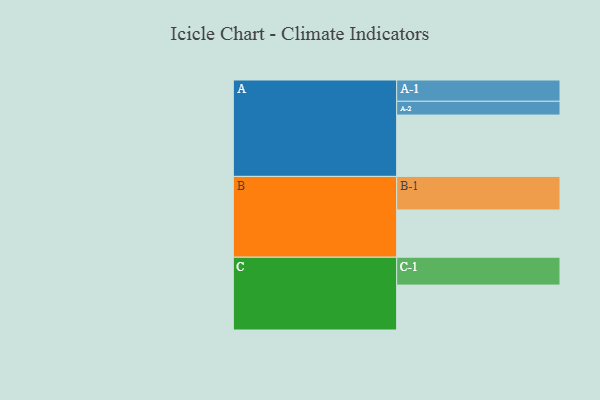
{"axis": {"x": "Segment", "y": "Value"}, "legend": ["", "A", "B", "C"], "data": [{"x": "A", "y": 418, "type": ""}, {"x": "B", "y": 322, "type": ""}, {"x": "C", "y": 306, "type": ""}, {"x": "A-1", "y": 145, "type": "A"}, {"x": "A-2", "y": 94, "type": "A"}, {"x": "B-1", "y": 229, "type": "B"}, {"x": "C-1", "y": 190, "type": "C"}]}